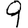
Digit: 9